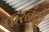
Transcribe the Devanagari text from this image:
फरनँदो